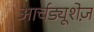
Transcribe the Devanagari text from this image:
आर्चड्यूशेज़